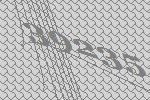
39235